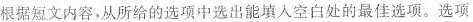
A 根据短文内容，从所给的选项中选出能填入空白处的最佳选项。选项